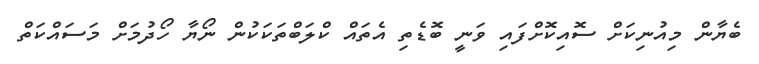
ބެޔާން މިއުނިކަށް ސޮއިކޮށްފައި ވަނީ ބޮޑެތި އެތައް ކްލަބްތަކަކުން ނޯޔާ ހޯދުމަށް މަސައްކަތް